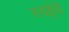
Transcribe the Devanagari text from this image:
रवईये